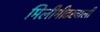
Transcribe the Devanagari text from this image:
मिलीमीटरवाली